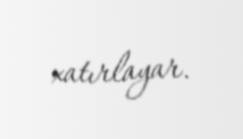
xatırlayar.